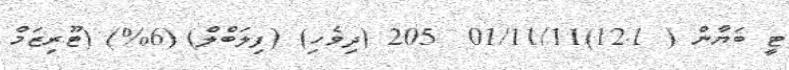
ޓީ ބަޔާން ( 12.1)01/11/11  205 (ދިވެހި) (ފިލަބްލް) (6%) (ޓޫރިޒަމް